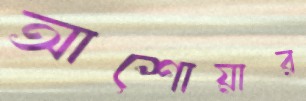
আশোয়ার